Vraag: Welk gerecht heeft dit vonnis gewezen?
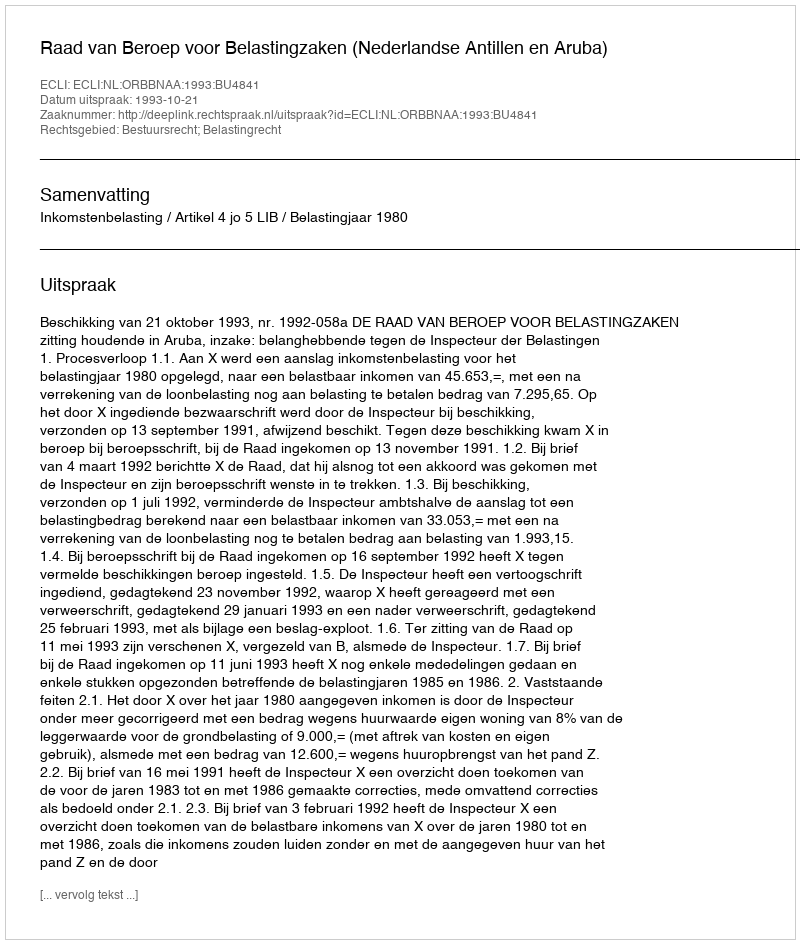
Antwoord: Raad van Beroep voor Belastingzaken (Nederlandse Antillen en Aruba)